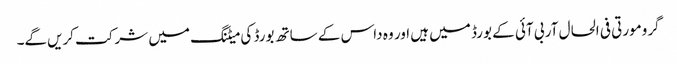
گرومورتی فی الحال آر بی آئی کے بورڈ میں ہیں اور وہ داس کے ساتھ بورڈ کی میٹنگ میں شرکت کریں‌گے۔